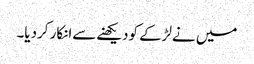
میں نےلڑکے کودیکھنےسےانکار کردیا۔